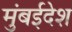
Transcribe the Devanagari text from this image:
मुंबईदेश